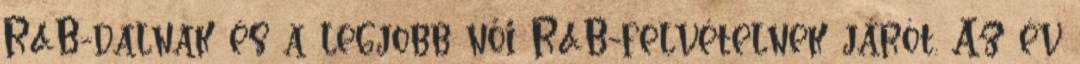
R&B-dalnak és a legjobb női R&B-felvételnek járót. Az év